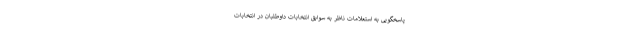
پاسخگویی به استعلامات ناظر به سوابق انتخابات داوطلبان در انتخابات